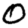
Digit: 0